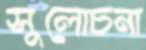
সুলোচনা